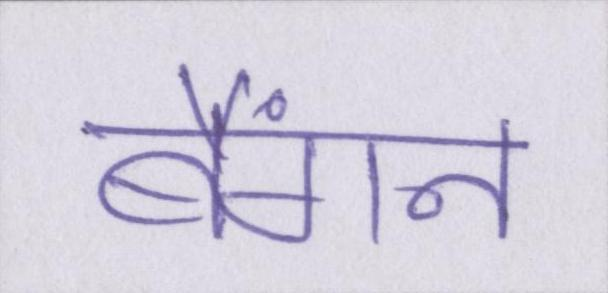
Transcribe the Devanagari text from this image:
बैंगन